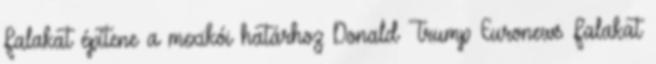
Falakat építene a mexikói határhoz Donald Trump Euronews Falakat